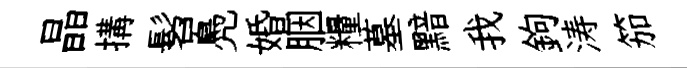
晶搆髫鳧婚胭糧墓黯我鉤涛笳